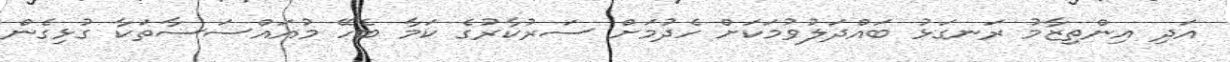
އަދި އިންތިޒާމު ރަނގަޅު ބައްދަލުވުމަކަށް ހެދުމަށް ސަރުކާރުގެ ކަމާ ބެހޭ މުއައްސަސާތަކާ ގުޅިގެން